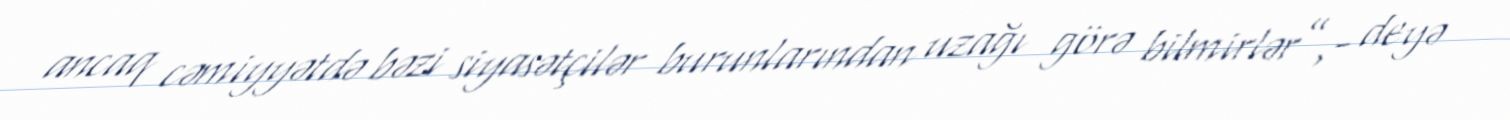
ancaq cəmiyyətdə bəzi siyasətçilər burunlarından uzağı görə bilmirlər”,- deyə